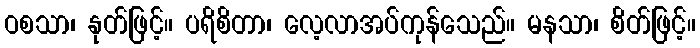
ဝစသာ၊ နုတ်ဖြင့်။ ပရိစိတာ၊ လေ့လာအပ်ကုန်သေည်။ မနသာ၊ စိတ်ဖြင့်။